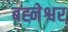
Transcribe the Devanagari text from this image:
बह्नेश्वर